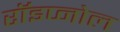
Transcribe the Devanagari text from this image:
रॉइप्नोल